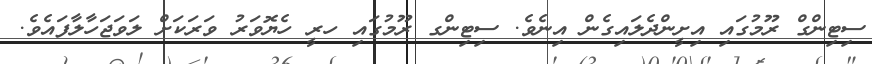
ސިޓިންގް ރޫމުގައި އިށީންދެލައިގެން އިނެވެ. ސިޓިންގ ރޫމުގައި ހރީ ހެޔޮވަރު ވަރަކަށް ލަވަޖަހާލާފައެވެ.